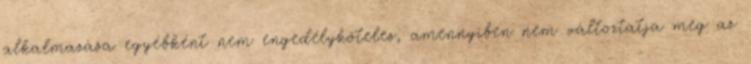
alkalmazása egyébként nem engedélyköteles, amennyiben nem változtatja meg az